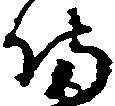
備